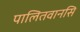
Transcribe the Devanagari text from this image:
पालितवानसि